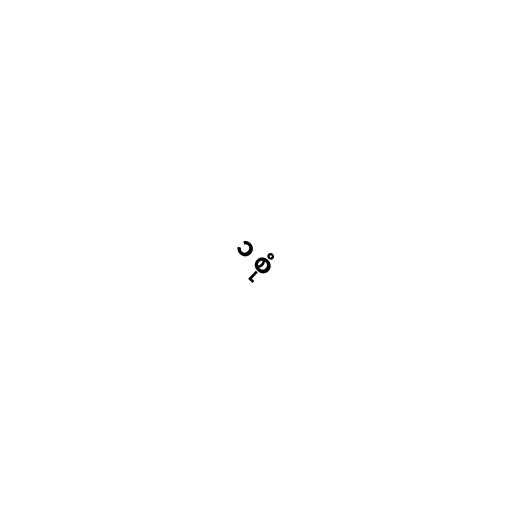
၁ စုံ